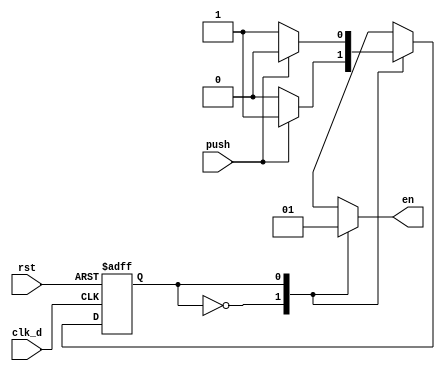
`timescale 1ns / 1ps
//////////////////////////////////////////////////////////////////////////////////
// Company: 
// Engineer: 
// 
// Design Name: 
// Module Name: fsm
// Project Name: 
// Target Devices: 
// Tool Versions: 
// Description: 
// 
// Dependencies: 
// 
// Revision:
// Revision 0.01 - File Created
// Additional Comments:
// 
//////////////////////////////////////////////////////////////////////////////////


module fsm(
     push,
     rst,
     clk_d,
     en
    );
    input clk_d;
    input push;
    input rst;
    output reg en;
    reg state;        //0A1p
    reg next_state;
    
    always@( posedge clk_d or posedge rst )
        if(rst)
            state <= 1'b0;
        else
            state <= next_state;
            
    always@(  push )
        case(state)
            1'b0 : 
            if(push)
                next_state <= 1'b1;
             else
                next_state <= 1'b0;
            1'b1 : 
            if(push)
                next_state <= 1'b0;
            else
                next_state <= 1'b1;
            default : 
            next_state <= 1'b0;
        endcase

        always@(state)
            case(state)
            1'b0 : en = 0;
            1'b1 : en = 1;
            default : en = 0;
            endcase    
endmodule